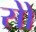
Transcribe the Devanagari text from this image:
सोे